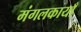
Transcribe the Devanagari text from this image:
मंगलकायाँ